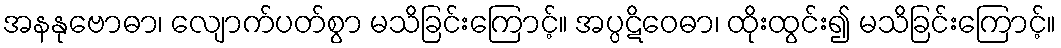
အနနုဗောဓာ၊ လျောက်ပတ်စွာ မသိခြင်းကြောင့်။ အပ္ပဋိဝေဓာ၊ ထိုးထွင်း၍ မသိခြင်းကြောင့်။